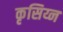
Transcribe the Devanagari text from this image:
कृसिय्न